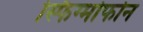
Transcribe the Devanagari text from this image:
स्फिग्मोफोन